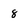
Character: 8